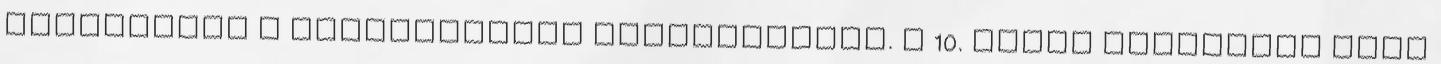
kérésünket a következőben tolmácsolnám. A 10. számú napirendi pont